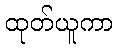
ထုတ်ယူကာ